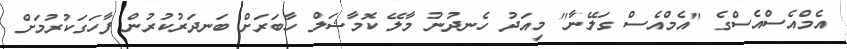
އެމްއެސްއެސްގެ "އެމްއެސް ގަލޭނާ" މިއަދު ހެނދުނު މާލޭ ކޮމާޝަލް ހާބަރަށް ބަނދަރުކުރުން ފާހަގަކުރުމަށް